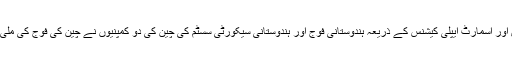
آپ خبر کے اہم حصے میں تفصیل سے پڑھیں گے کہ کس طرح اسمارٹ فونس اور اسمارٹ ایپلی کیشنس کے ذریعہ ہندوستانی فوج اور ہندوستانی سیکورٹی سسٹم کی چین کی دو کمپنیوں نے چین کی فوج کی ملی بھگت سے جاسوسی کی اور اسے چین اور پاکستانی خفیہ ایجنسی کو مہیا کرایا۔